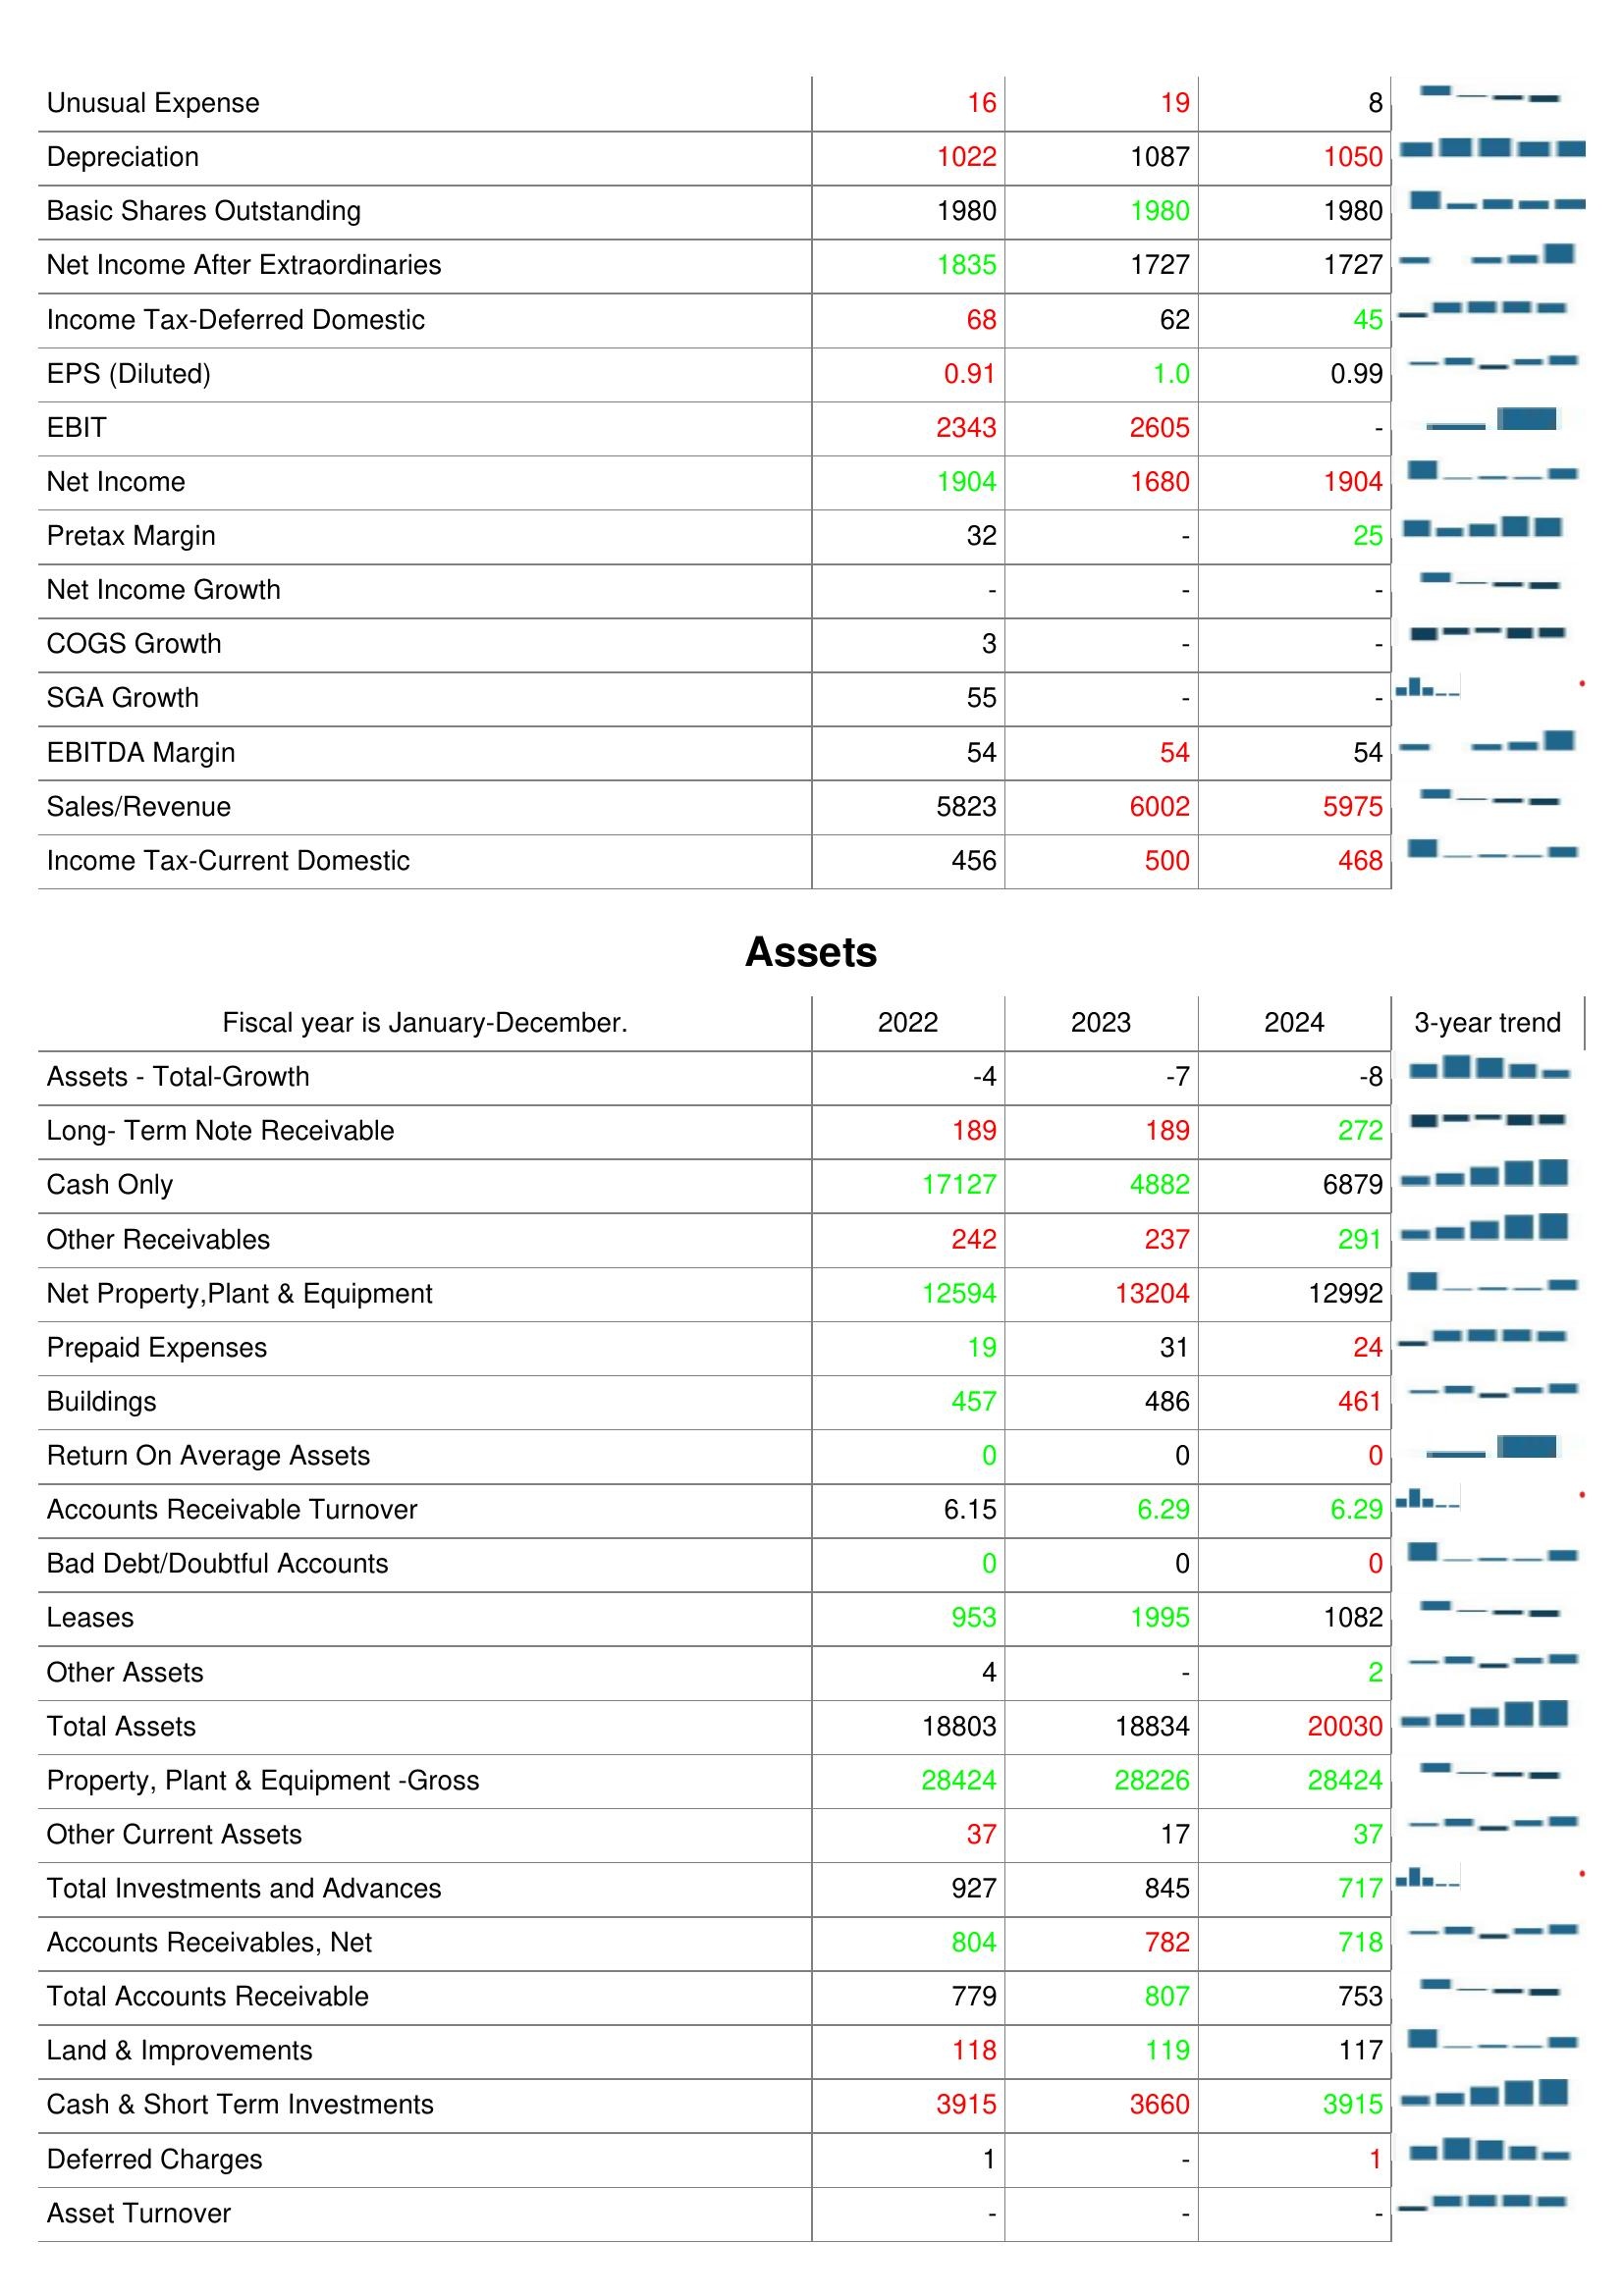
2022: : Unusual Expense: 16
Depreciation: 1022
Basic Shares Outstanding: 1980
Net Income After Extraordinaries: 1835
Income Tax-Deferred Domestic: 68
EPS (Diluted): 0.91
EBIT: 2343
Net Income: 1904
Pretax Margin: 32
Net Income Growth: -
COGS Growth: 3
SGA Growth: 55
EBITDA Margin: 54
Sales/Revenue: 5823
Income Tax-Current Domestic: 456
Assets: Assets - Total-Growth: -4
Long- Term Note Receivable: 189
Cash Only: 17127
Other Receivables: 242
Net Property,Plant & Equipment: 12594
Prepaid Expenses: 19
Buildings: 457
Return On Average Assets: 0
Accounts Receivable Turnover: 6.15
Bad Debt/Doubtful Accounts: 0
Leases: 953
Other Assets: 4
Total Assets: 18803
Property, Plant & Equipment -Gross: 28424
Other Current Assets: 37
Total Investments and Advances: 927
Accounts Receivables, Net: 804
Total Accounts Receivable: 779
Land & Improvements: 118
Cash & Short Term Investments: 3915
Deferred Charges: 1
Asset Turnover: -
2023: : Unusual Expense: 19
Depreciation: 1087
Basic Shares Outstanding: 1980
Net Income After Extraordinaries: 1727
Income Tax-Deferred Domestic: 62
EPS (Diluted): 1.0
EBIT: 2605
Net Income: 1680
Pretax Margin: -
Net Income Growth: -
COGS Growth: -
SGA Growth: -
EBITDA Margin: 54
Sales/Revenue: 6002
Income Tax-Current Domestic: 500
Assets: Assets - Total-Growth: -7
Long- Term Note Receivable: 189
Cash Only: 4882
Other Receivables: 237
Net Property,Plant & Equipment: 13204
Prepaid Expenses: 31
Buildings: 486
Return On Average Assets: 0
Accounts Receivable Turnover: 6.29
Bad Debt/Doubtful Accounts: 0
Leases: 1995
Other Assets: -
Total Assets: 18834
Property, Plant & Equipment -Gross: 28226
Other Current Assets: 17
Total Investments and Advances: 845
Accounts Receivables, Net: 782
Total Accounts Receivable: 807
Land & Improvements: 119
Cash & Short Term Investments: 3660
Deferred Charges: -
Asset Turnover: -
2024: : Unusual Expense: 8
Depreciation: 1050
Basic Shares Outstanding: 1980
Net Income After Extraordinaries: 1727
Income Tax-Deferred Domestic: 45
EPS (Diluted): 0.99
EBIT: -
Net Income: 1904
Pretax Margin: 25
Net Income Growth: -
COGS Growth: -
SGA Growth: -
EBITDA Margin: 54
Sales/Revenue: 5975
Income Tax-Current Domestic: 468
Assets: Assets - Total-Growth: -8
Long- Term Note Receivable: 272
Cash Only: 6879
Other Receivables: 291
Net Property,Plant & Equipment: 12992
Prepaid Expenses: 24
Buildings: 461
Return On Average Assets: 0
Accounts Receivable Turnover: 6.29
Bad Debt/Doubtful Accounts: 0
Leases: 1082
Other Assets: 2
Total Assets: 20030
Property, Plant & Equipment -Gross: 28424
Other Current Assets: 37
Total Investments and Advances: 717
Accounts Receivables, Net: 718
Total Accounts Receivable: 753
Land & Improvements: 117
Cash & Short Term Investments: 3915
Deferred Charges: 1
Asset Turnover: -